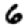
Digit: 6